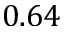
0 . 6 4